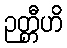
ဉတ္တီဟိ